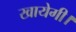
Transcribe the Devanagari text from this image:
खायेगी।